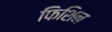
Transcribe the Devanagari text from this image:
फिशिन